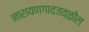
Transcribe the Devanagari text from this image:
नारायणगावजवळील